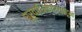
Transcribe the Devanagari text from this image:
पूर्वाधिकार्‍याहून